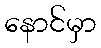
နောင်မှာ